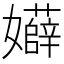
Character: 𡤏